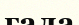
гала